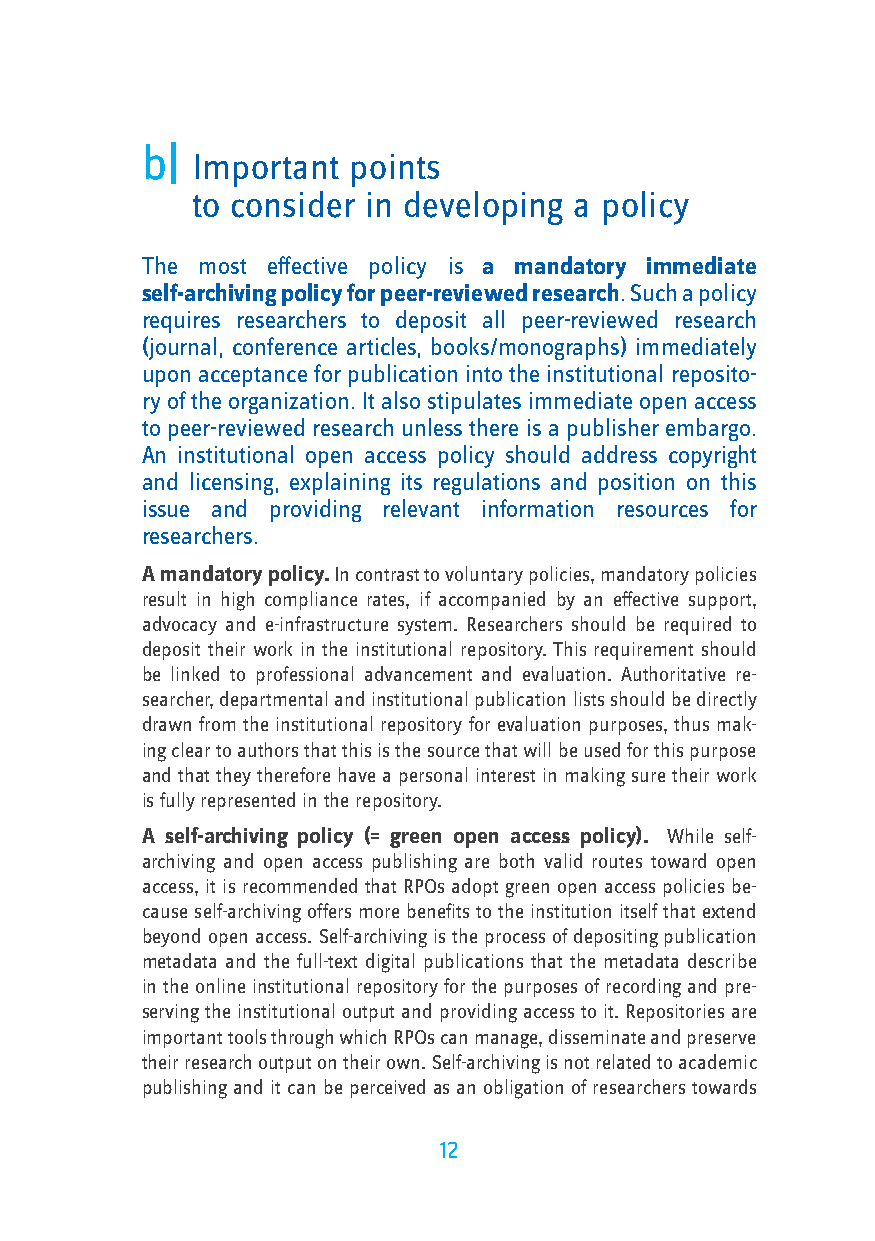
b|
 Important points
 to consider in developing a policy
 The most effective policy is a mandatory immediate
 self-archiving policy for peer-reviewed research. Such a policy
 requires researchers to deposit all peer-reviewed research
 (journal, conference articles, books/monographs) immediately
 upon acceptance for publication into the institutional reposito-
 ry of the organization. It also stipulates immediate open access
 to peer-reviewed research unless there is a publisher embargo.
 An institutional open access policy should address copyright
 and licensing, explaining its regulations and position on this
 issue and providing relevant information resources for
 researchers.
 A mandatory policy. In contrast to voluntary policies, mandatory policies
 result in high compliance rates, if accompanied by an effective support,
 advocacy and e-infrastructure system. Researchers should be required to
 deposit their work in the institutional repository. This requirement should
 be linked to professional advancement and evaluation. Authoritative re-
 searcher, departmental and institutional publication lists should be directly
 drawn from the institutional repository for evaluation purposes, thus mak-
 ing clear to authors that this is the source that will be used for this purpose
 and that they therefore have a personal interest in making sure their work
 is fully represented in the repository.
 A self-archiving policy (= green open access policy). While self-
 archiving and open access publishing are both valid routes toward open
 access, it is recommended that RPOs adopt green open access policies be-
 cause self-archiving offers more benefits to the institution itself that extend
 beyond open access. Self-archiving is the process of depositing publication
 metadata and the full-text digital publications that the metadata describe
 in the online institutional repository for the purposes of recording and pre-
 serving the institutional output and providing access to it. Repositories are
 important tools through which RPOs can manage, disseminate and preserve
 their research output on their own. Self-archiving is not related to academic
 publishing and it can be perceived as an obligation of researchers towards
 12